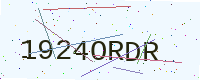
Text: 1924ORDR